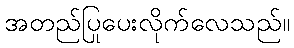
အတည်ပြုပေးလိုက်လေသည်။